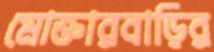
মোক্তারবাড়ির